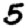
Digit: 5